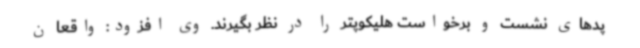
پدهای نشست و برخواست هلیکوپتر را در نظر بگیرند. وی افزود: واقعا ن